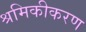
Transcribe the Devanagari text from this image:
श्रमिकीकरण